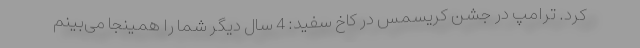
کرد. ترامپ در جشن کریسمس در کاخ سفید: 4 سال دیگر شما را همینجا می‌بینم